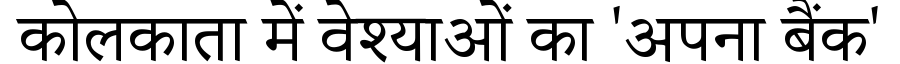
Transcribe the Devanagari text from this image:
कोलकाता में वेश्याओं का 'अपना बैंक'